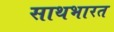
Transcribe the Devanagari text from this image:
साथभारत